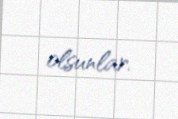
olsunlar.